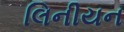
લિનીયન